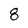
Character: 8